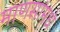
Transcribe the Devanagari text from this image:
माणसांमधे